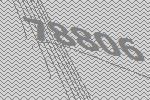
78806